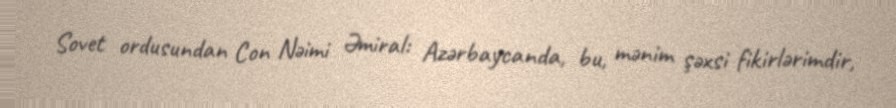
Sovet ordusundan Con Nəimi Əmiral: Azərbaycanda, bu, mənim şəxsi fikirlərimdir,